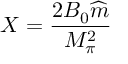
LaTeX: X = \frac { 2 B _ { 0 } \widehat { m } } { M _ { \pi } ^ { 2 } }